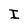
Character: I